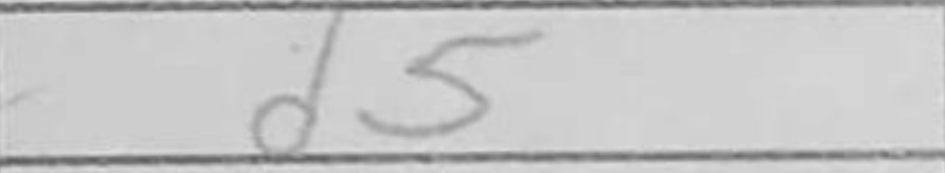
Transcription: d5